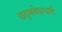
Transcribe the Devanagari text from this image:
छद्‍मवेशधारी